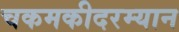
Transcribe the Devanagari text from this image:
चकमकीदरम्यान